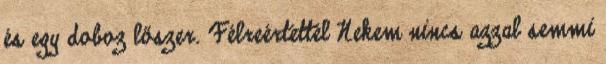
és egy doboz lőszer. Félreértettél Nekem nincs azzal semmi